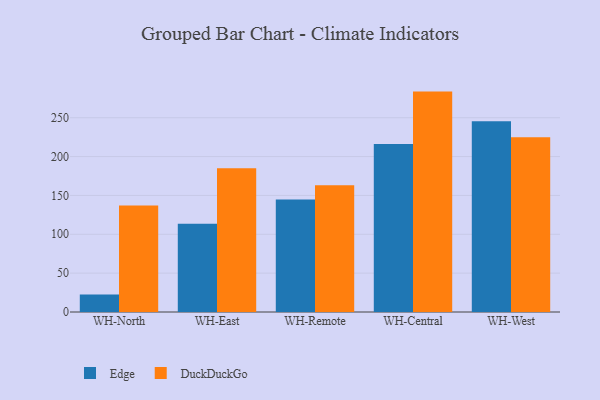
{"axis": {"x": "Warehouse", "y": "Inventory Turnover"}, "legend": ["DuckDuckGo", "Edge"], "data": [{"x": "WH-North", "y": 22.5, "type": "Edge"}, {"x": "WH-North", "y": 137.1, "type": "DuckDuckGo"}, {"x": "WH-East", "y": 113.6, "type": "Edge"}, {"x": "WH-East", "y": 184.9, "type": "DuckDuckGo"}, {"x": "WH-Remote", "y": 144.6, "type": "Edge"}, {"x": "WH-Remote", "y": 163.2, "type": "DuckDuckGo"}, {"x": "WH-Central", "y": 216.1, "type": "Edge"}, {"x": "WH-Central", "y": 283.6, "type": "DuckDuckGo"}, {"x": "WH-West", "y": 245.4, "type": "Edge"}, {"x": "WH-West", "y": 224.7, "type": "DuckDuckGo"}]}